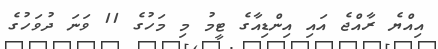
އިއްޔެ ރާއްޖެ އައި އިންޑިއާގެ ޓީމު މި މަހުގެ 11 ވަނަ ދުވަހުގެ